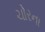
ચોરના